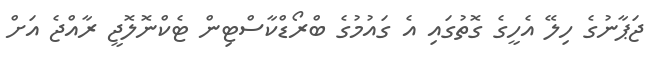
ޖަޕާނުގެ ހިލޭ އެހީގެ ގޮތުގައި އެ ގައުމުގެ ބްރޯޑްކާސްޓިން ޓެކްނޮލޮޖީ ރާއްޖެ އަށް